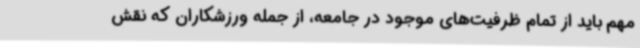
مهم باید از تمام ظرفیت‌های موجود در جامعه، از جمله ورزشکاران که نقش